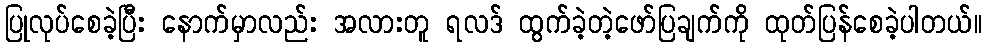
ပြုလုပ်စေခဲ့ပြီး နောက်မှာလည်း အလားတူ ရလဒ် ထွက်ခဲ့တဲ့ဖော်ပြချက်ကို ထုတ်ပြန်စေခဲ့ပါတယ်။